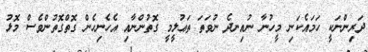
ދަރިންނަކީ ހަމައެކަނި މީހުނާ ނުއިނދެ ނުވަތަ ތަޢުލީމީ ގޮތުންނާއި އެހެނިހެން ގޮތްގޮތުންވެސް މޮޅު